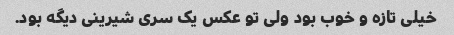
خیلی تازه و خوب بود ولی تو عکس یک سری شیرینی دیگه بود.